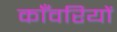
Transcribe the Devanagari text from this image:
काँवरियों